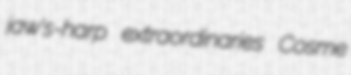
jaw's-harp extraordinaries Cosme